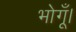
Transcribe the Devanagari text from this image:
भोगूँ।